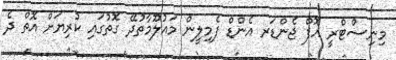
މިނިސްޓްރީ އޮފް ޖެންޑަރ އެންޑް ފެމިލީން މައުލޫމާތުދޭ ގޮތުގައި ކުރިޔަށް އޮތް ދެ